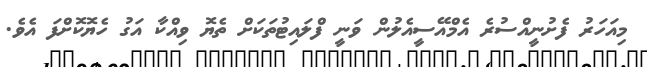
މިއަހަރު ފެށުނީއްސުރެ އެމްއޭސީއެލުން ވަނީ ފްލައިޓުތަކަށް ތެޔޮ ވިއްކާ އަގު ހެޔޮކޮށްފަ އެވެ.